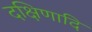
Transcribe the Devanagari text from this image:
दक्षिणादि